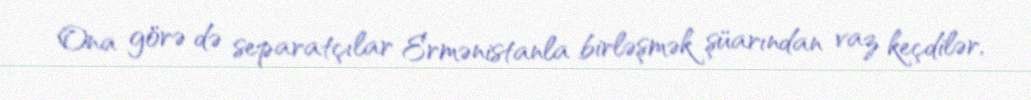
Ona görə də separatçılar Ermənistanla birləşmək şüarından vaz keçdilər,